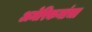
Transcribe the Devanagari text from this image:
अमेरिकनांचा